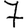
Digit: 7